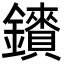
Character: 𮣠